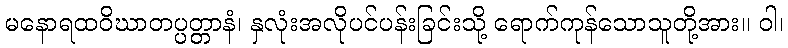
မနောရထဝိဃာတပ္ပတ္တာနံ၊ နှလုံးအလိုပင်ပန်းခြင်းသို့ ရောက်ကုန်သောသူတို့အား။ ဝါ၊